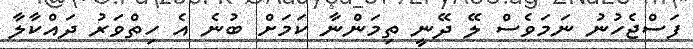
ފަސްޖެހުނު ނަމަވެސް ލޭ ދޭނީ ތިމަންނާ ކަމަށް ބުނެ އެ ހިތްވަރު ދައްކާލާ